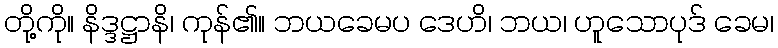
တို့ကို။ နိဒ္ဒဋ္ဌာနိ၊ ကုန်၏။ ဘယခေမပ ဒေဟိ၊ ဘယ၊ ဟူသောပုဒ် ခေမ၊